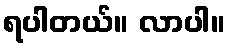
ရပါတယ်။ လာပါ။